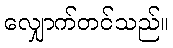
လျှောက်တင်သည်။